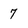
Character: 7